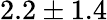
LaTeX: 2.2\pm 1.4